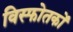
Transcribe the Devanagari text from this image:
विस्फोतकों